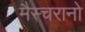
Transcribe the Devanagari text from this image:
मैस्चरानो